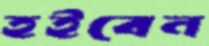
হইবেন